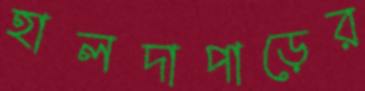
হালদাপাড়ের